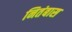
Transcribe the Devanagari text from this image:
नितंबास